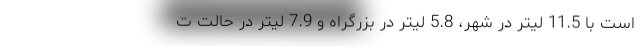
است با 11.5 لیتر در شهر، 5.8 لیتر در بزرگراه و 7.9 لیتر در حالت ت